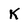
Character: K